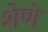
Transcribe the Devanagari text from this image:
शेणे